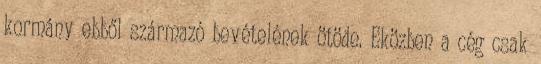
kormány ebből származó bevételének ötöde. Eközben a cég csak